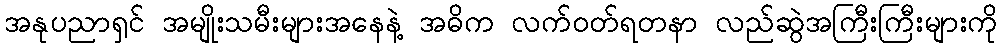
အနုပညာရှင် အမျိုးသမီးများအနေနဲ့ အဓိက လက်ဝတ်ရတနာ လည်ဆွဲအကြီးကြီးများကို